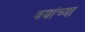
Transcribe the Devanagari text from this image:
वयांच्या